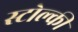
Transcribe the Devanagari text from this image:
स्टोल्की